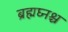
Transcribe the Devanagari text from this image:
ब्रह्मघ्नश्च